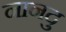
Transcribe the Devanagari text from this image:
नानदु